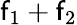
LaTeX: \mathsf{f}_{1}+\mathsf{f}_{2}